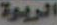
الربوة